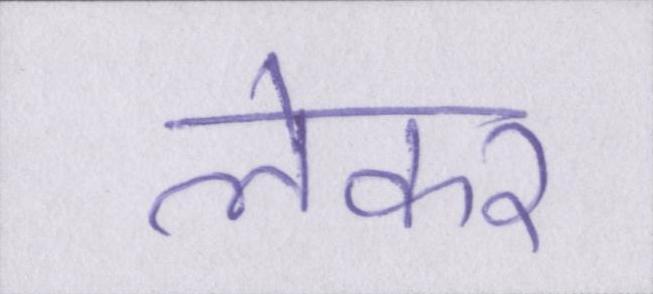
लेकर